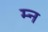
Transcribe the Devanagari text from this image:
म्न